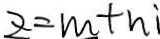
z = m + n